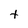
Character: t